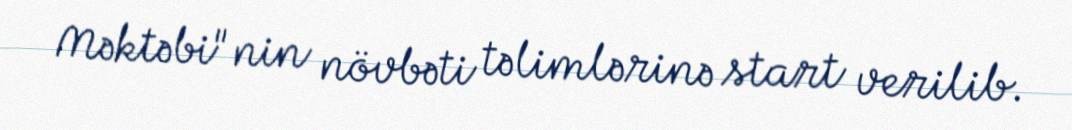
Məktəbi"nin növbəti təlimlərinə start verilib.